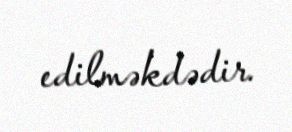
edilməkdədir.